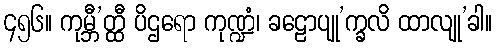
၄၅၆။ ကုမ္ဘီ’တ္ထီ ပိဌရော ကုဏ္ဍံ၊ ခဠောပျု’က္ခလိ ထာလျု’ခါ။